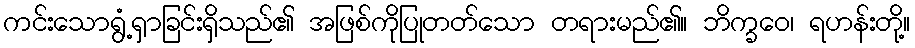
ကင်းသောရွံ့ရှာခြင်းရှိသည်၏ အဖြစ်ကိုပြုတတ်သော တရားမည်၏။ ဘိက္ခဝေ၊ ရဟန်းတို့။